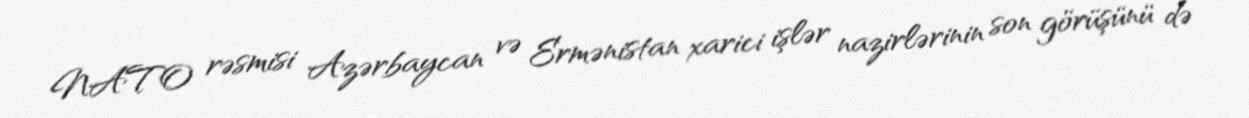
NATO rəsmisi Azərbaycan və Ermənistan xarici işlər nazirlərinin son görüşünü də